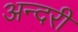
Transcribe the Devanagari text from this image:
अन्दरी